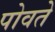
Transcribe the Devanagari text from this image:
पोवते